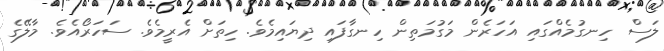
ލަސް ހިނގުމެއްގައި އަހަރެން މަގުމަތިން ހިނގާފައި ދިޔައިމެވެ. ހިތަށް އެރީމެވެ. ސަހަރޯއެވެ. މާލޭގެ